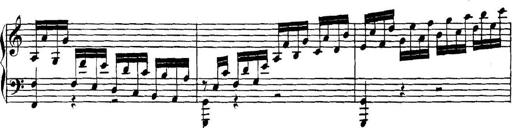
Title: Collected Piano Sonatas
Composer: Muzio Clementi